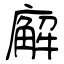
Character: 廨